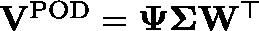
\begin{array} { r } { \mathbf { V } ^ { \mathrm { P O D } } = \mathbf { \Psi \Sigma } \mathbf { W } ^ { \top } } \end{array}